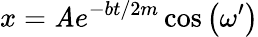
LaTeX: x=\mathit{A}e^{-bt/2m}\cos\left(\omega^{\prime}\right)